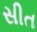
સીત